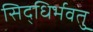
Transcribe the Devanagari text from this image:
सिद्धिर्भवतु